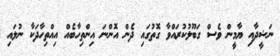
ނަޝީދާއި ޔާމީން ވެސް ގަބޫލުކުރައްވާ ގޮތުގައި ދެން އޮންނަ އިންތިހާބެއް އިއްތިހާދަކާ ނުލައި